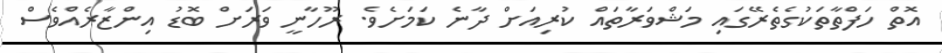
އޮތް ހަފްތާތަކުގެތެރޭގައި މަޝްވަރާތައް ކުރިއަށް ދާނެ ކަމަށެވެ. ރޫހާނީ ވަރަށް ބޮޑު އިންޒާރެއްވެސް